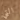
التي